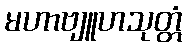
မဟာဗျူဟသုတ္တံ